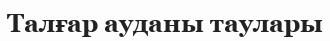
Талғар ауданы таулары